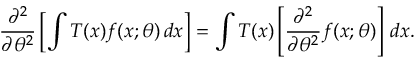
{ \frac { \partial ^ { 2 } } { \partial \theta ^ { 2 } } } \left[ \int T ( x ) f ( x ; \theta ) \, d x \right] = \int T ( x ) \left[ { \frac { \partial ^ { 2 } } { \partial \theta ^ { 2 } } } f ( x ; \theta ) \right] \, d x .